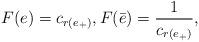
LaTeX: \begin{align*}F(e)=c_{r(e_+)},F(\bar e)=\frac{1}{c_{r(e_+)}},\end{align*}